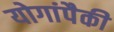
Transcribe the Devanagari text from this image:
योगांपैकी